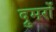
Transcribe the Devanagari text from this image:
द्रुमरों